Account of plague administration in the Bombay Presidency from September 1896 till May 1897
Year: 1896
Disease focus: Plague
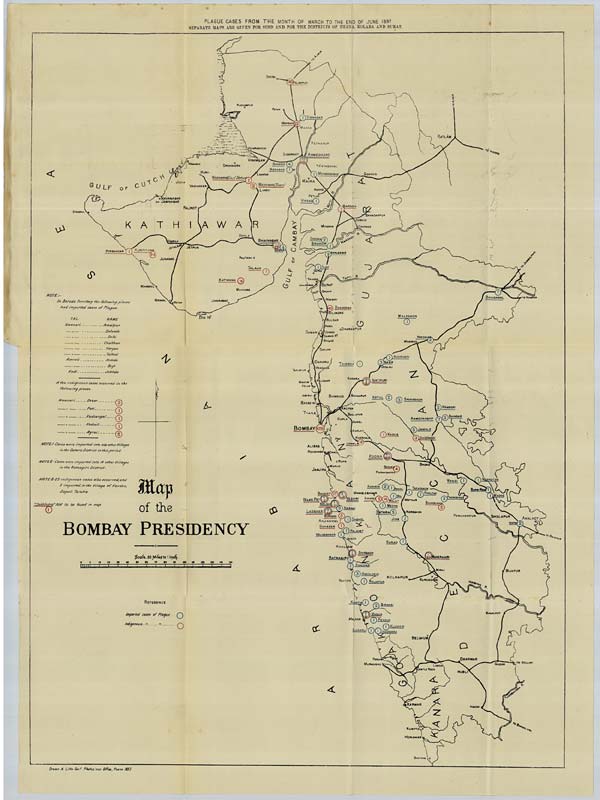
PLAGUE CASES FROM THE MONTH OF MARCH TO THE END OF JUNE 1897
SEPARATE MAPS ARE GIVEN FOR SIND AND FOR THE DISTRICTS OF THANA, KOLABA AND SURAT.
Drawn & Litho. Govt. Photozinco: Office, Poona 1897.